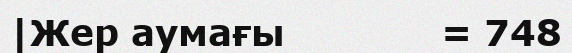
|Жер аумағы             = 748